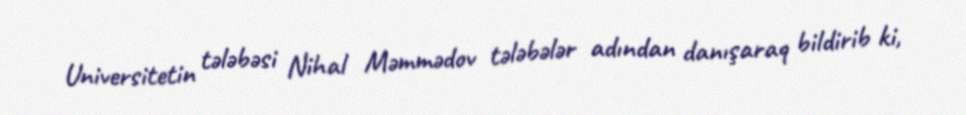
Universitetin tələbəsi Nihal Məmmədov tələbələr adından danışaraq bildirib ki,